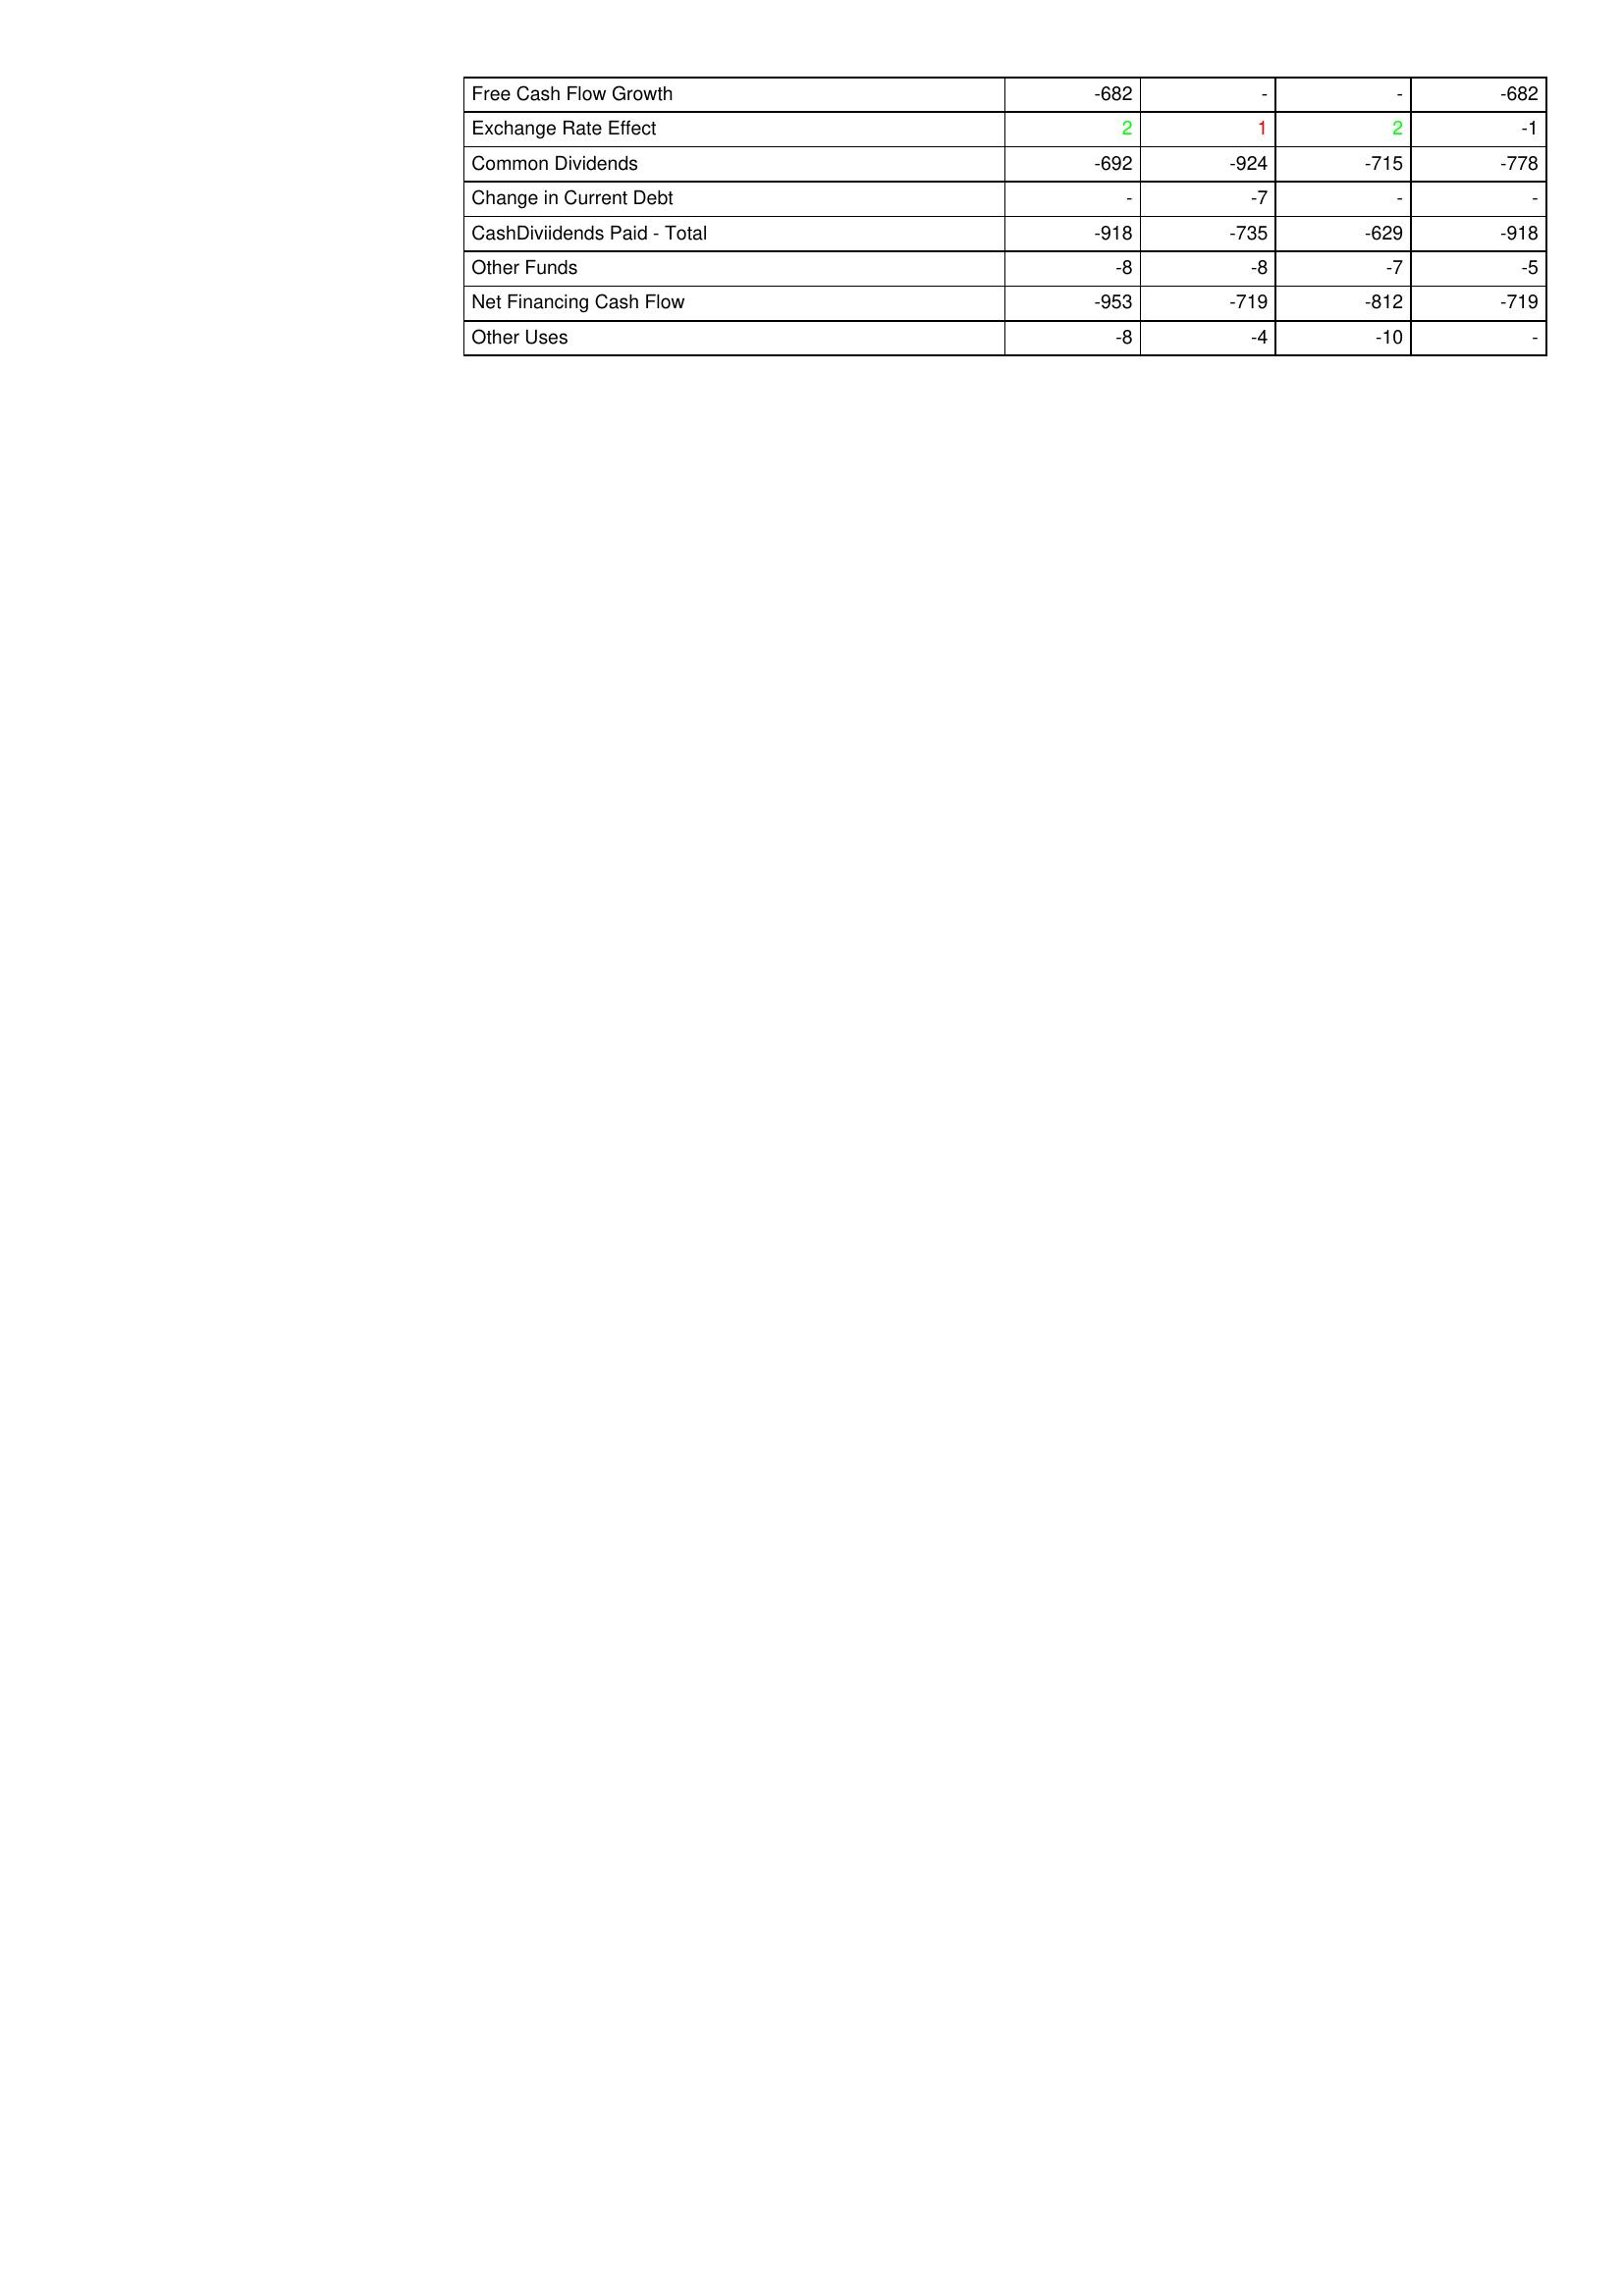
gt_parse: 2015: Financing Activities: Free Cash Flow Growth: -682
Exchange Rate Effect: 2
Common Dividends: -692
Change in Current Debt: -
CashDiviidends Paid - Total: -918
Other Funds: -8
Net Financing Cash Flow: -953
Other Uses: -8
2014: Financing Activities: Free Cash Flow Growth: -
Exchange Rate Effect: 1
Common Dividends: -924
Change in Current Debt: -7
CashDiviidends Paid - Total: -735
Other Funds: -8
Net Financing Cash Flow: -719
Other Uses: -4
2013: Financing Activities: Free Cash Flow Growth: -
Exchange Rate Effect: 2
Common Dividends: -715
Change in Current Debt: -
CashDiviidends Paid - Total: -629
Other Funds: -7
Net Financing Cash Flow: -812
Other Uses: -10
2012: Financing Activities: Free Cash Flow Growth: -682
Exchange Rate Effect: -1
Common Dividends: -778
Change in Current Debt: -
CashDiviidends Paid - Total: -918
Other Funds: -5
Net Financing Cash Flow: -719
Other Uses: -